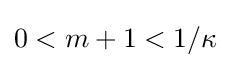
0<m+1<1/\kappa